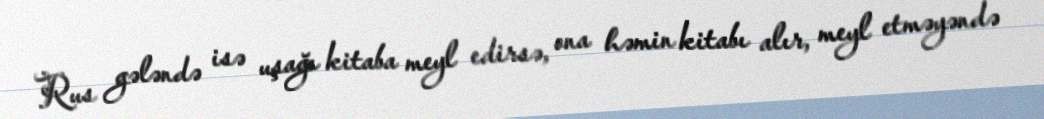
Rus gələndə isə uşağı kitaba meyl edirsə, ona həmin kitabı alır, meyl etməyəndə